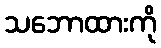
သဘောထားကို